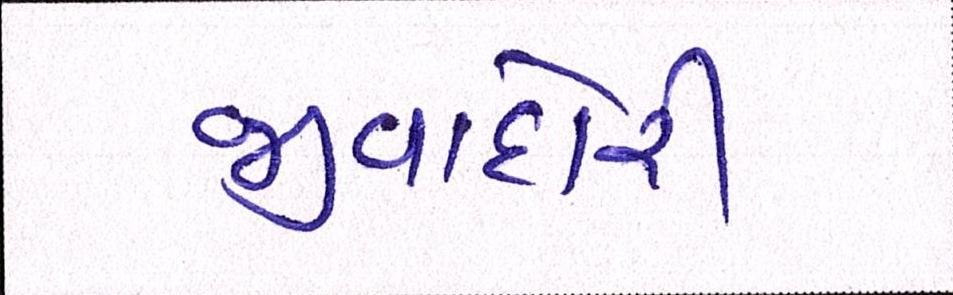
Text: જીવાદોરી